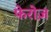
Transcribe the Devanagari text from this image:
फेरोज़